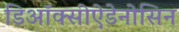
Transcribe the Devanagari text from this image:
डिऑक्सीऐडेनोसिन